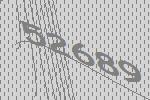
52689